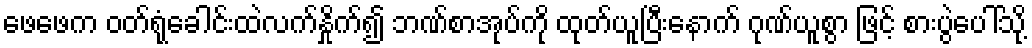
ဖေဖေက ဝတ်ရုံခေါင်းထဲလက်နှိုက်၍ ဘဏ်စာအုပ်ကို ထုတ်ယူပြီးနောက် ဂုဏ်ယူစွာ ဖြင့် စားပွဲပေါ်သို့